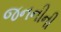
જનનીની